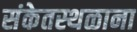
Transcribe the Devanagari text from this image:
संकेतस्थळाना